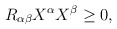
\begin{align*}R_{\alpha\beta} X^{\alpha}X^{\beta} \geq 0,\end{align*}